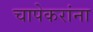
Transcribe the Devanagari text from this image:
चापेकरांना